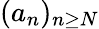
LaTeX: (a_{n})_{n\geq N}